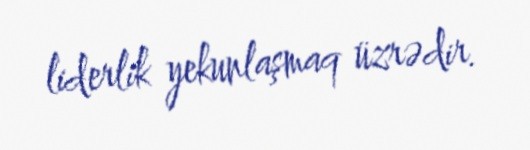
liderlik yekunlaşmaq üzrədir.